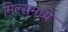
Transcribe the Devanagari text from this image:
मिल्समध्ये